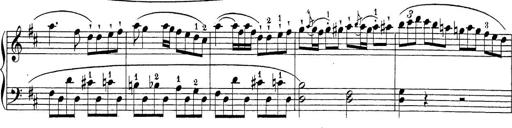
Title: Sonatina Album
Composer: Louis KÃ¶hler